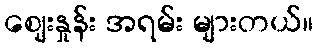
ဈေးနှုန်း အရမ်း များတယ်။